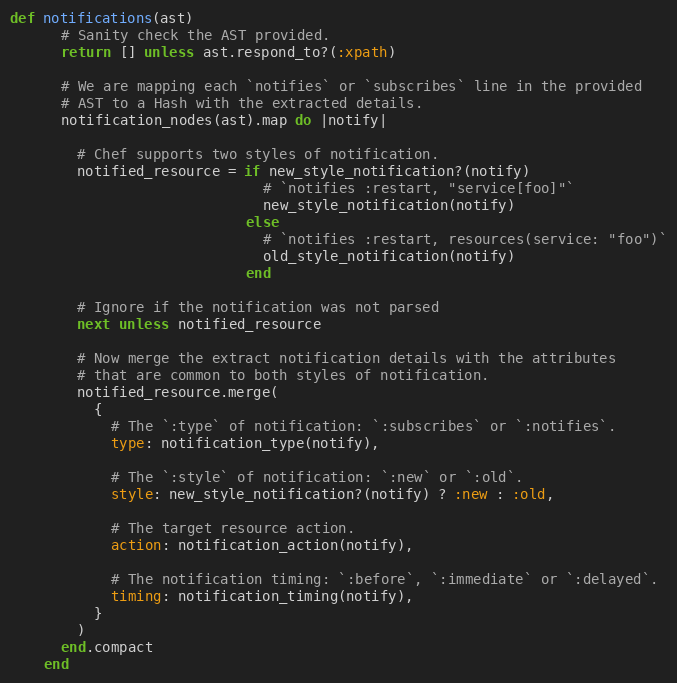
Language: Ruby
def notifications(ast)
      # Sanity check the AST provided.
      return [] unless ast.respond_to?(:xpath)

      # We are mapping each `notifies` or `subscribes` line in the provided
      # AST to a Hash with the extracted details.
      notification_nodes(ast).map do |notify|

        # Chef supports two styles of notification.
        notified_resource = if new_style_notification?(notify)
                              # `notifies :restart, "service[foo]"`
                              new_style_notification(notify)
                            else
                              # `notifies :restart, resources(service: "foo")`
                              old_style_notification(notify)
                            end

        # Ignore if the notification was not parsed
        next unless notified_resource

        # Now merge the extract notification details with the attributes
        # that are common to both styles of notification.
        notified_resource.merge(
          {
            # The `:type` of notification: `:subscribes` or `:notifies`.
            type: notification_type(notify),

            # The `:style` of notification: `:new` or `:old`.
            style: new_style_notification?(notify) ? :new : :old,

            # The target resource action.
            action: notification_action(notify),

            # The notification timing: `:before`, `:immediate` or `:delayed`.
            timing: notification_timing(notify),
          }
        )
      end.compact
    end